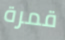
قمرة